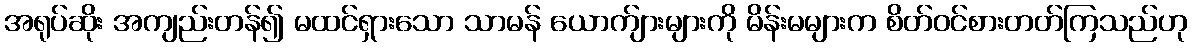
အရုပ်ဆိုး အကျည်းတန်၍ မထင်ရှားသော သာမန် ယောက်ျားများကို မိန်းမများက စိတ်ဝင်စားတတ်ကြသည်ဟု